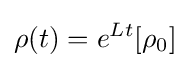
\rho (t)=e^{Lt}[\rho _{0}]